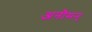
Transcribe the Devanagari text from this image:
अनौमन्